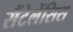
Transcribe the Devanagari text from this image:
सैंटेलेंसिस